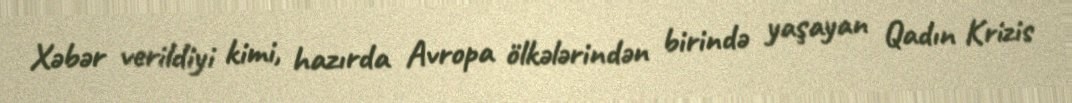
Xəbər verildiyi kimi, hazırda Avropa ölkələrindən birində yaşayan Qadın Krizis